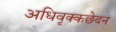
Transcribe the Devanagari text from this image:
अधिवृक्कछेदन